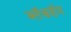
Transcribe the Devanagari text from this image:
ब्लॅकहॅम